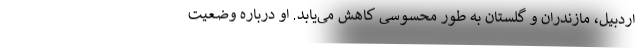
اردبیل، مازندران و گلستان به طور محسوسی کاهش می‌یابد. او درباره وضعیت